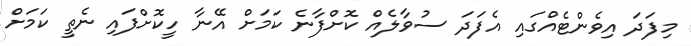
މިފަދަ އިވެންޓެއްގައި އެފަދަ ސުވާލެއް ކޮށްފާނެ ކަމަށް އޭނާ ހީކޮށްފައި ނެތީ ކަމަށް